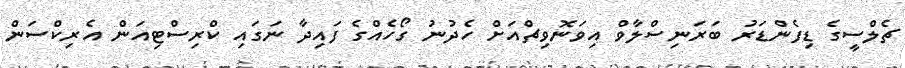
ޗެލްސީގެ ޑިފެންޑަރު ބަރަނިސްލާވް އިވަނޮވިޗްއަށް ހެދުނު ގޯހެއްގެ ފައިދާ ނަގައި ކްރިސްޓިއަން އެރިކްސަން